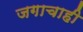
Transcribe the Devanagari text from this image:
जगाचाही